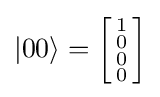
|00\rangle ={\biggl [}{\begin{smallmatrix}1\\0\\0\\0\end{smallmatrix}}{\biggr ]}